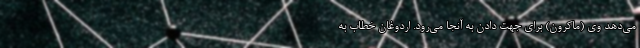
می‌دهد وی (ماکرون) برای جهت‌ دادن به آنجا می‌رود. اردوغان خطاب به